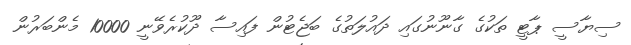
ސިޔާސީ ޕާޓީ ތަކުގެ ގާނޫނުގައި ދައުލަތުގެ ބަޖެޓުން ފައިސާ ދޫކުރެވޭނީ 10000 މެންބަރުން